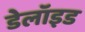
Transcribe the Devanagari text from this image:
डेलॉइड